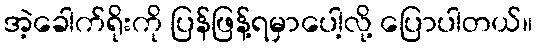
အဲ့ခေါက်ရိုးကို ပြန်ဖြန့်ရမှာပေါ့လို့ ပြောပါတယ်။